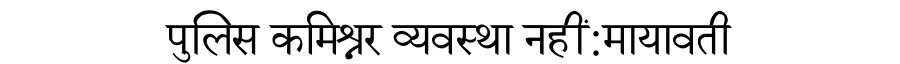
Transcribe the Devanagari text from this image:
पुलिस कमिश्नर व्यवस्था नहीं:मायावती